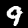
Digit: 9